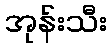
အုန်းသီး